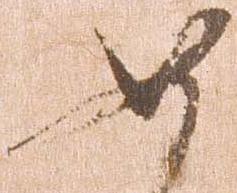
如